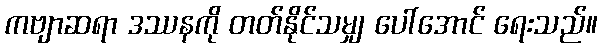
ကဗျာဆရာ ဒဿနကို တတ်နိုင်သမျှ ပေါ်အောင် ရေးသည်။